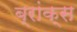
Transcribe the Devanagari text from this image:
ब्रांक्स